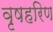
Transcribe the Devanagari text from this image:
वृषहरिण